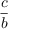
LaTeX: \frac { c } { b }